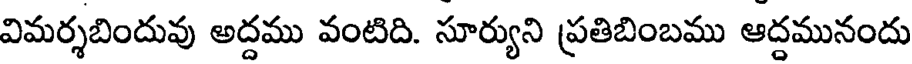
విమర్శబిందువు అద్దము వంటిది. సూర్యుని ప్రతిబింబము ఆద్దమునందు